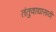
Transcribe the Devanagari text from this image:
तंतुवाद्यासाठी